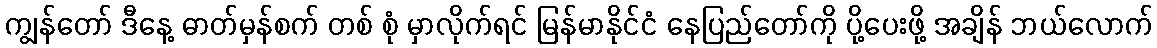
ကျွန်တော် ဒီနေ့ ဓာတ်မှန်စက် တစ် စုံ မှာလိုက်ရင် မြန်မာနိုင်ငံ နေပြည်တော်ကို ပို့ပေးဖို့ အချိန် ဘယ်လောက်